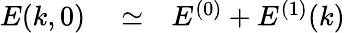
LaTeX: \begin{array}{rlr}{E(k,0)}&{{}\simeq}&{E^{(0)}+E^{(1)}(k)}\end{array}